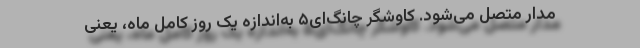
مدار متصل می‌شود. کاوشگر چانگ‌ای‌۵ به‌اندازهٔ یک ‌روز کامل ماه، یعنی